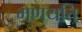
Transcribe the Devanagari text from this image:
गणयति